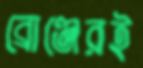
ব্রোঞ্জেরই